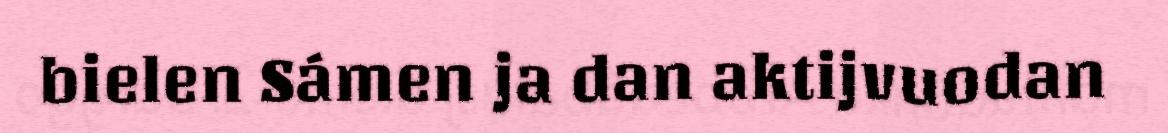
bielen Sámen ja dan aktijvuodan